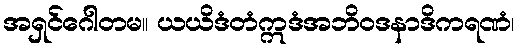
အရှင်ဂေါတမ။ ယယိဒံတံဣဒံအဘိဝဒနာဒိကရဏံ၊